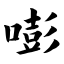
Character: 嘭